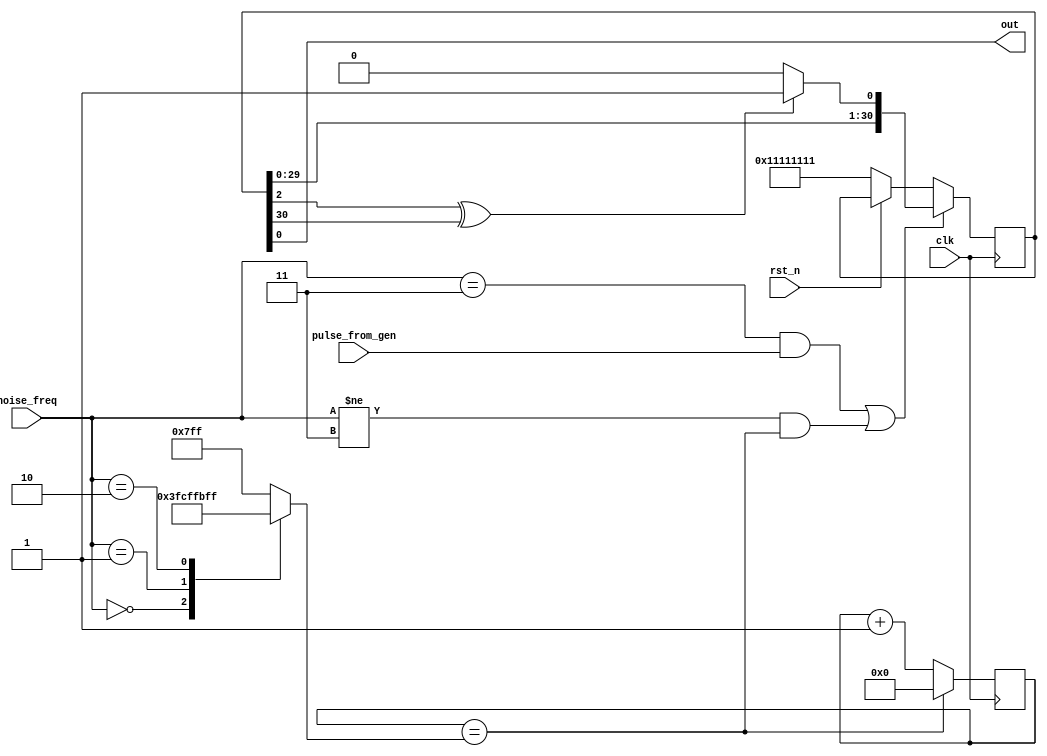
module saa1099_noise_gen (
    input wire clk,
    input wire rst_n,
    input wire pulse_from_gen,
    input wire [1:0] noise_freq,
    output wire out
    );
    reg [10:0] fcounter;
    always @* begin
        case (noise_freq)
            2'd0: fcounter = 11'd255;
            2'd1: fcounter = 11'd511;
            2'd2: fcounter = 11'd1023;
            default: fcounter = 11'd2047;  
        endcase
    end
    reg [10:0] count = 11'd0;
    always @(posedge clk) begin
        if (count == fcounter)
            count <= 11'd0;
        else
        count <= count + 1;
    end
    reg [30:0] lfsr = 31'h11111111;
    always @(posedge clk) begin
        if (rst_n == 1'b0)
            lfsr <= 31'h11111111;  
        if ((noise_freq == 2'd3 && pulse_from_gen == 1'b1) ||
            (noise_freq != 2'd3 && count == fcounter)) begin
                if ((lfsr[2] ^ lfsr[30]) == 1'b1)
                    lfsr <= {lfsr[29:0], 1'b1};
                else
                    lfsr <= {lfsr[29:0], 1'b0};
        end
    end
    assign out = lfsr[0];
endmodule